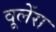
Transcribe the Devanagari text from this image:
वूलेंस